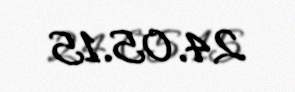
24.05.15